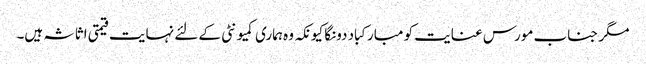
مگر جناب مورس عنایت کو مبارکباد دونگا کیونکہ وہ ہماری کمیونٹی کے لئے نہایت قیمتی اثاثہ ہیں۔